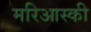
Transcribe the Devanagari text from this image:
मरिआस्की